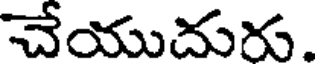
చేయుదురు.